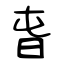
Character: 旾